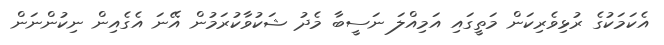
އެކަމަކުގެ ރުޅިވެރިކަން މަތީގައި އަމިއްލަ ނަސީބާ މެދު ޝަކުވާކުރަމުން އޭނަ އެގެއިން ނިކުންނަން